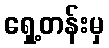
ရှေ့တန်းမှ